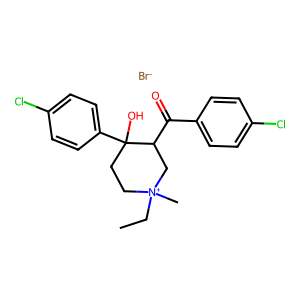
SMILES: CC[N+]1(C)CCC(O)(c2ccc(Cl)cc2)C(C(=O)c2ccc(Cl)cc2)C1.[Br-]
Inhibits HIV replication: No